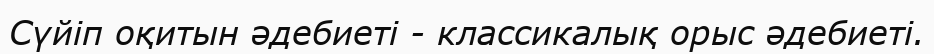
Сүйіп оқитын әдебиеті - классикалық орыс әдебиеті.